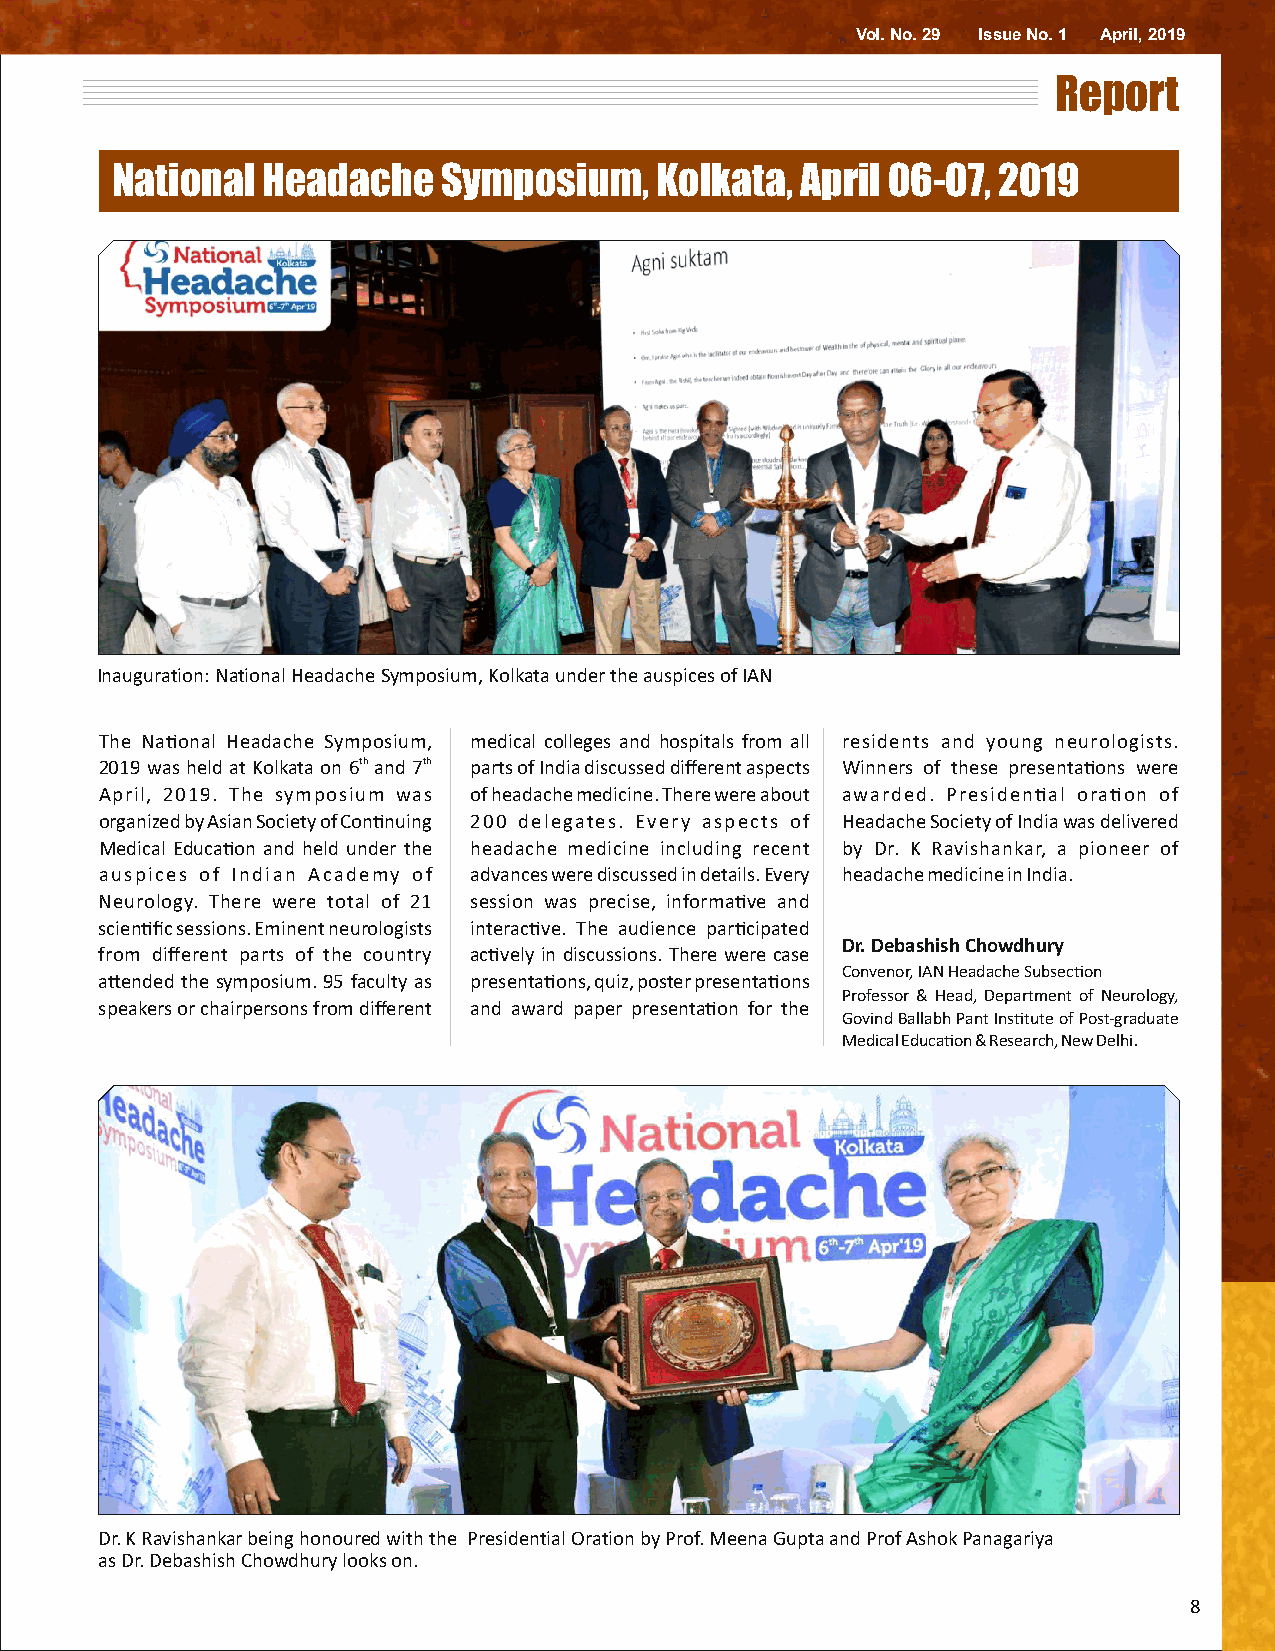
Vol. No. 29 Issue No. 1 April, 2019
 Report
 National  Headache    Symposium,    Kolkata,  April 06-07, 2019
 Inauguration: National Headache Symposium, Kolkata under the auspices of IAN
 The Naonal Headache Symposium, medical colleges and hospitals from all residents and young neurologists.
 2019 was held at Kolkata on 6th and 7th parts of India discussed different aspects Winners of these presentaons were
 April, 2019. The symposium was of headache medicine. There were about awarded. Presidenal oraon of
 organized by Asian Society of Connuing 200 delegates. Every aspects of Headache Society of India was delivered
 Medical Educaon and held under the headache medicine including recent by Dr. K Ravishankar, a pioneer of
 auspices of Indian Academy of advances were discussed in details. Every headache medicine in India.
 Neurology. There were total of 21 session was precise, informave and
 scienfic sessions. Eminent neurologists interacve. The audience parcipated
 Dr. Debashish Chowdhury
 from different parts of the country acvely in discussions. There were case
 Convenor, IAN Headache Subsecon
 aended the symposium. 95 faculty as presentaons, quiz, poster presentaons
 Professor & Head, Department of Neurology,
 speakers or chairpersons from different and award paper presentaon for the
 Govind Ballabh Pant Instute of Post-graduate
 Medical Educaon & Research, New Delhi.
 Dr. K Ravishankar being honoured with the Presidential Oration by Prof. Meena Gupta and Prof Ashok Panagariya
 as Dr. Debashish Chowdhury looks on.
 8